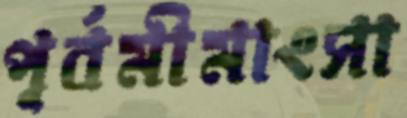
পূর্বমীমাংসা